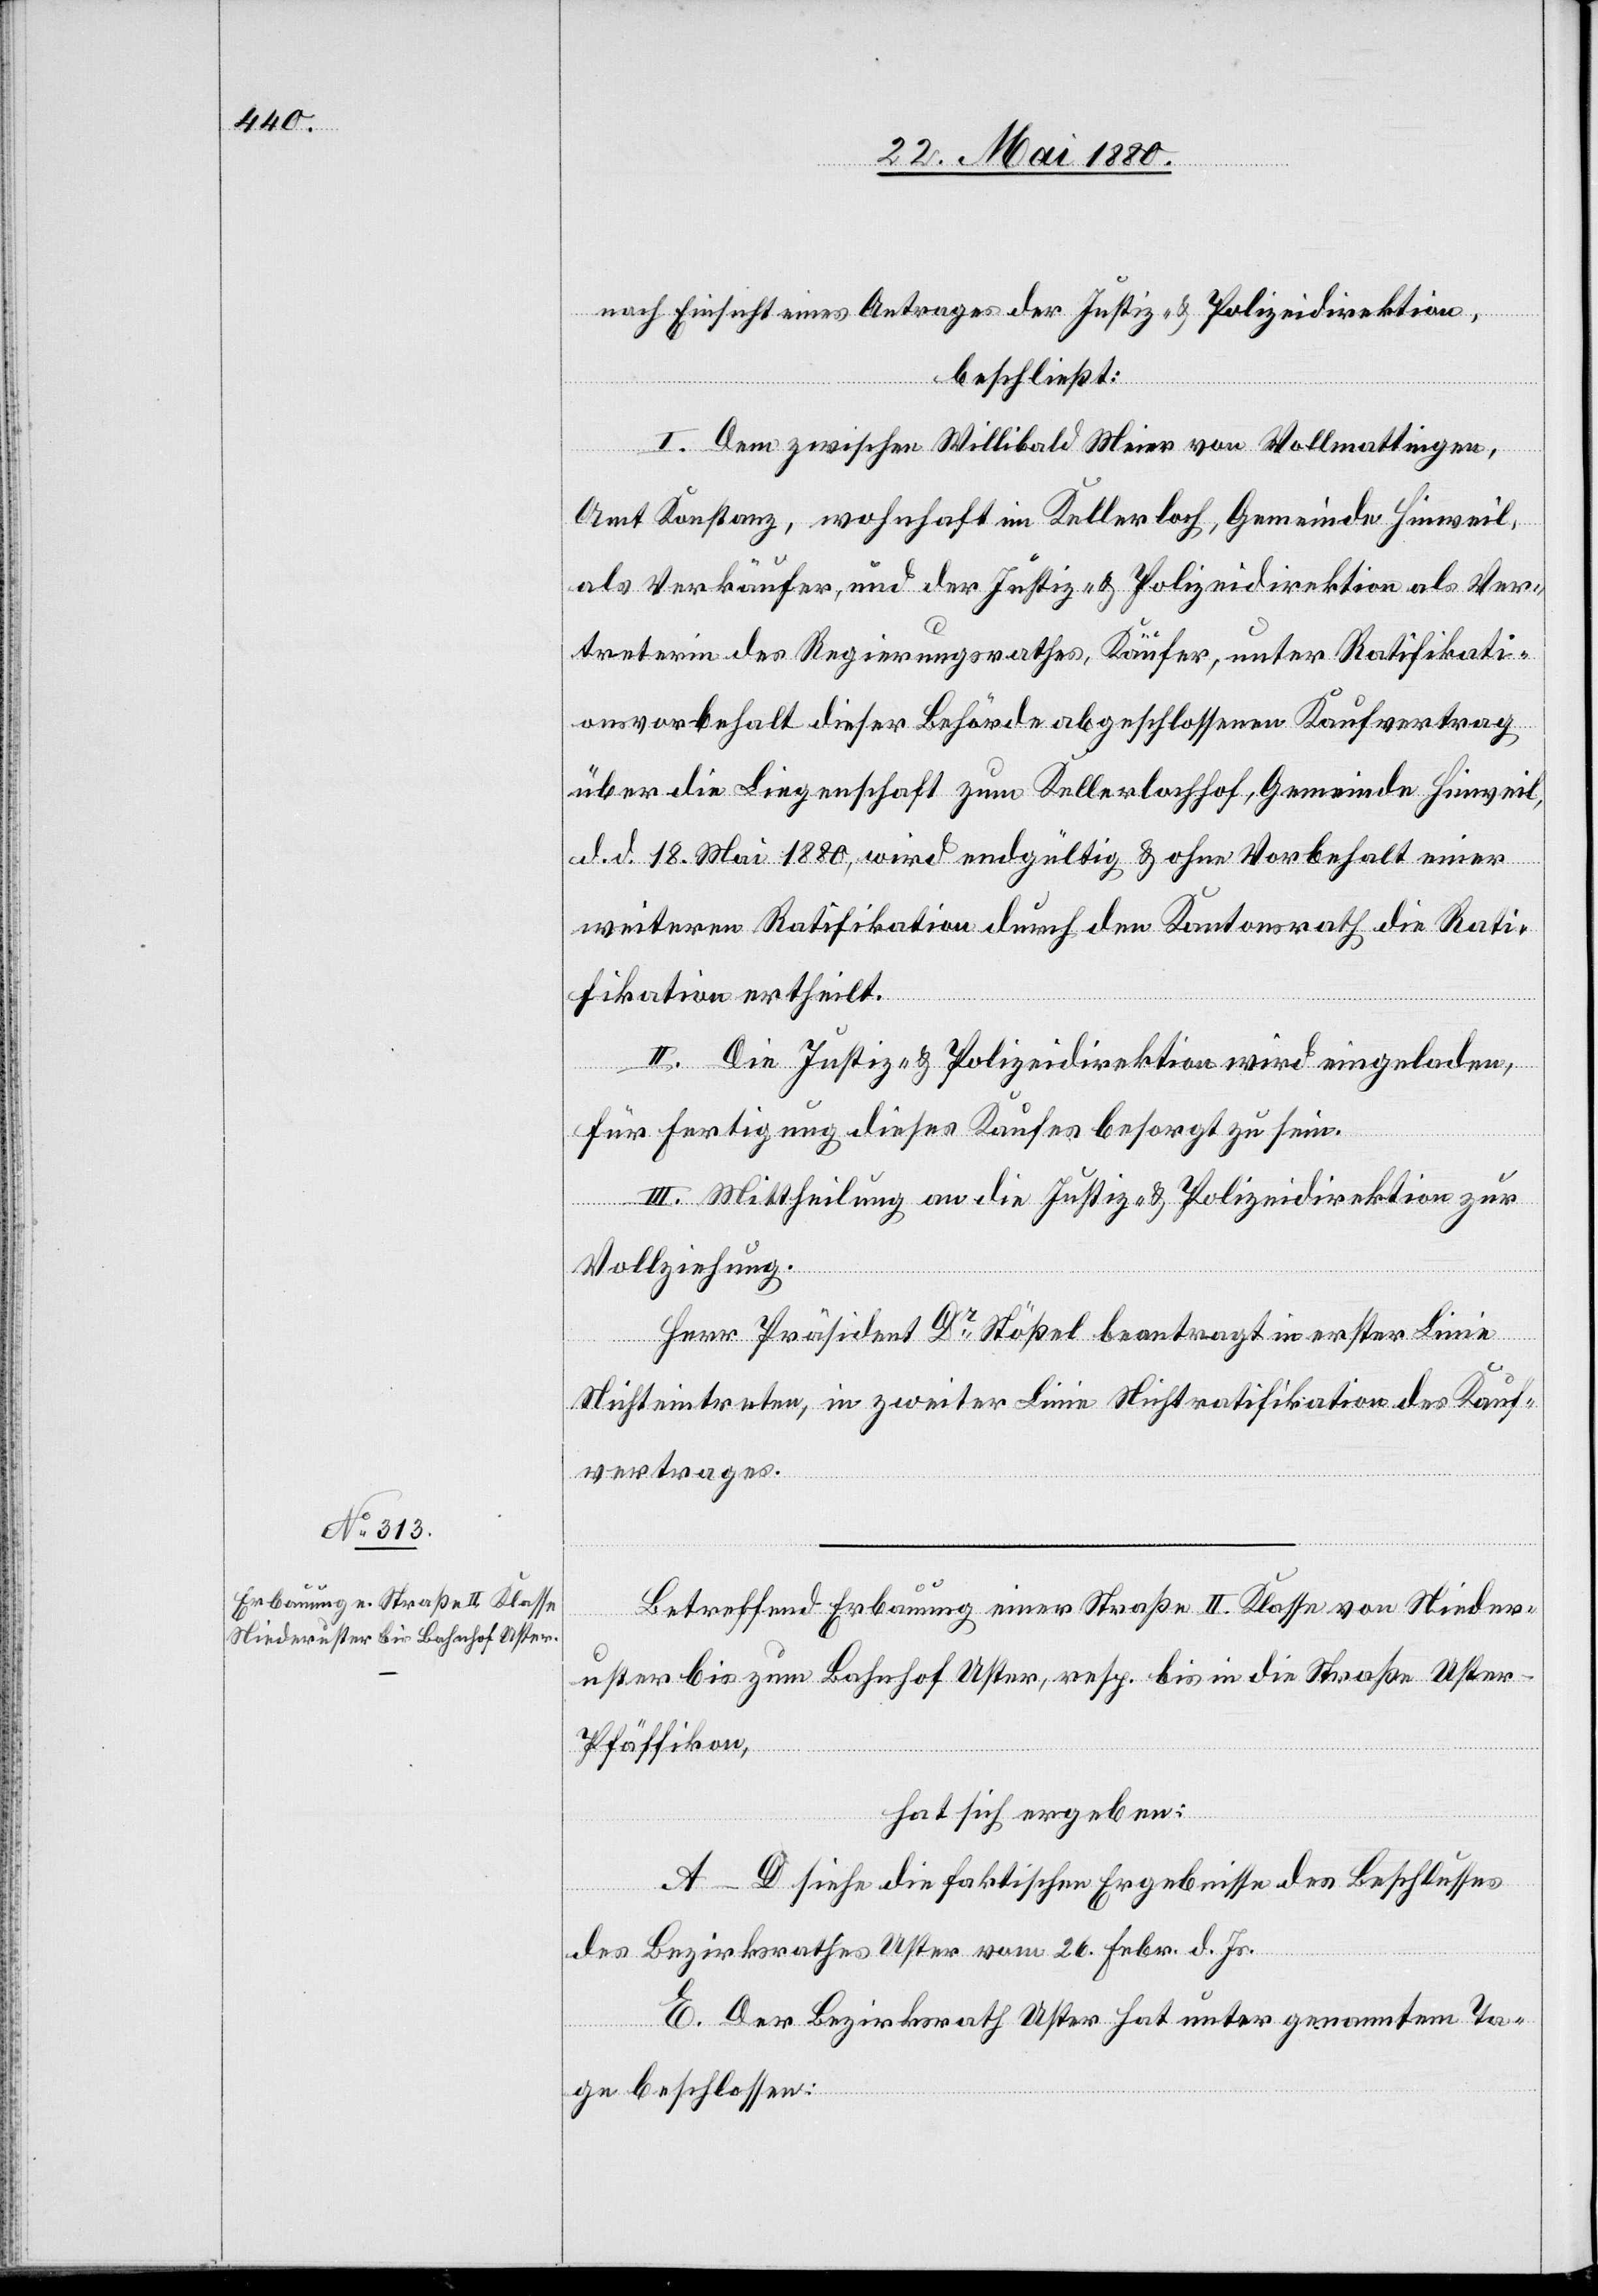
nach Einsicht eines Antrages der Justiz- & Polizeidirektion,
beschließt:
I. Dem zwischen Willibald Meier von Wollmattingen,
Amt Konstanz, wohnhaft im Kellerloch, Gemeinde Hinweil,
als Verkäufer, und der Justiz- & Polizeidirektion als Ver¬
treterin des Regierungsrathes, Käufer, unter Ratifikati¬
onsvorbehalt dieser Behörde abgeschlossenen Kaufvertrag
über die Liegenschaft zum Kellerlochhof, Gemeinde Hinweil,
d. d. 18. Mai 1880, wird endgültig & ohne Vorbehalt einer
weitern Ratifikation durch den Kantonsrath die Rati¬
fikation ertheilt.
II. Die Justiz- & Polizeidirektion wird eingeladen,
für Fertigung dieses Kaufes besorgt zu sein.
III. Mittheilung an die Justiz- & Polizeidirektion zur
Vollziehung.
Herr Präsident Dr Stößel beantragt in erster Linie
Nichteintreten, in zweiter Linie Nichtratifikation des Kauf¬
vertrages.
Betreffend Erbauung einer Straße II. Klasse von Nieder¬
uster bis zum Bahnhof Uster, resp. bis in die Straße Uste¬
r–Pfäffikon,
hat sich ergeben:
A–D siehe die faktischen Ergebnisse des Beschlusses
des Bezirksrathes Uster vom 26. Febr. d. Js.
E. Der Bezirksrath Uster hat unter genanntem Ta¬
ge beschlossen: